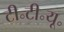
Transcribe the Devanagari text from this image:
टी॰टी॰यू॰